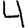
Digit: 4